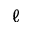
\ell